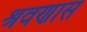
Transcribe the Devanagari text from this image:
श्रवणास